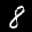
Label: 8